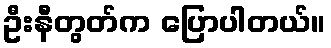
ဦးနီတွတ်က ပြောပါတယ်။